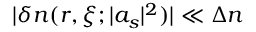
| \delta n ( r , \xi ; | a _ { s } | ^ { 2 } ) | \ll \Delta n